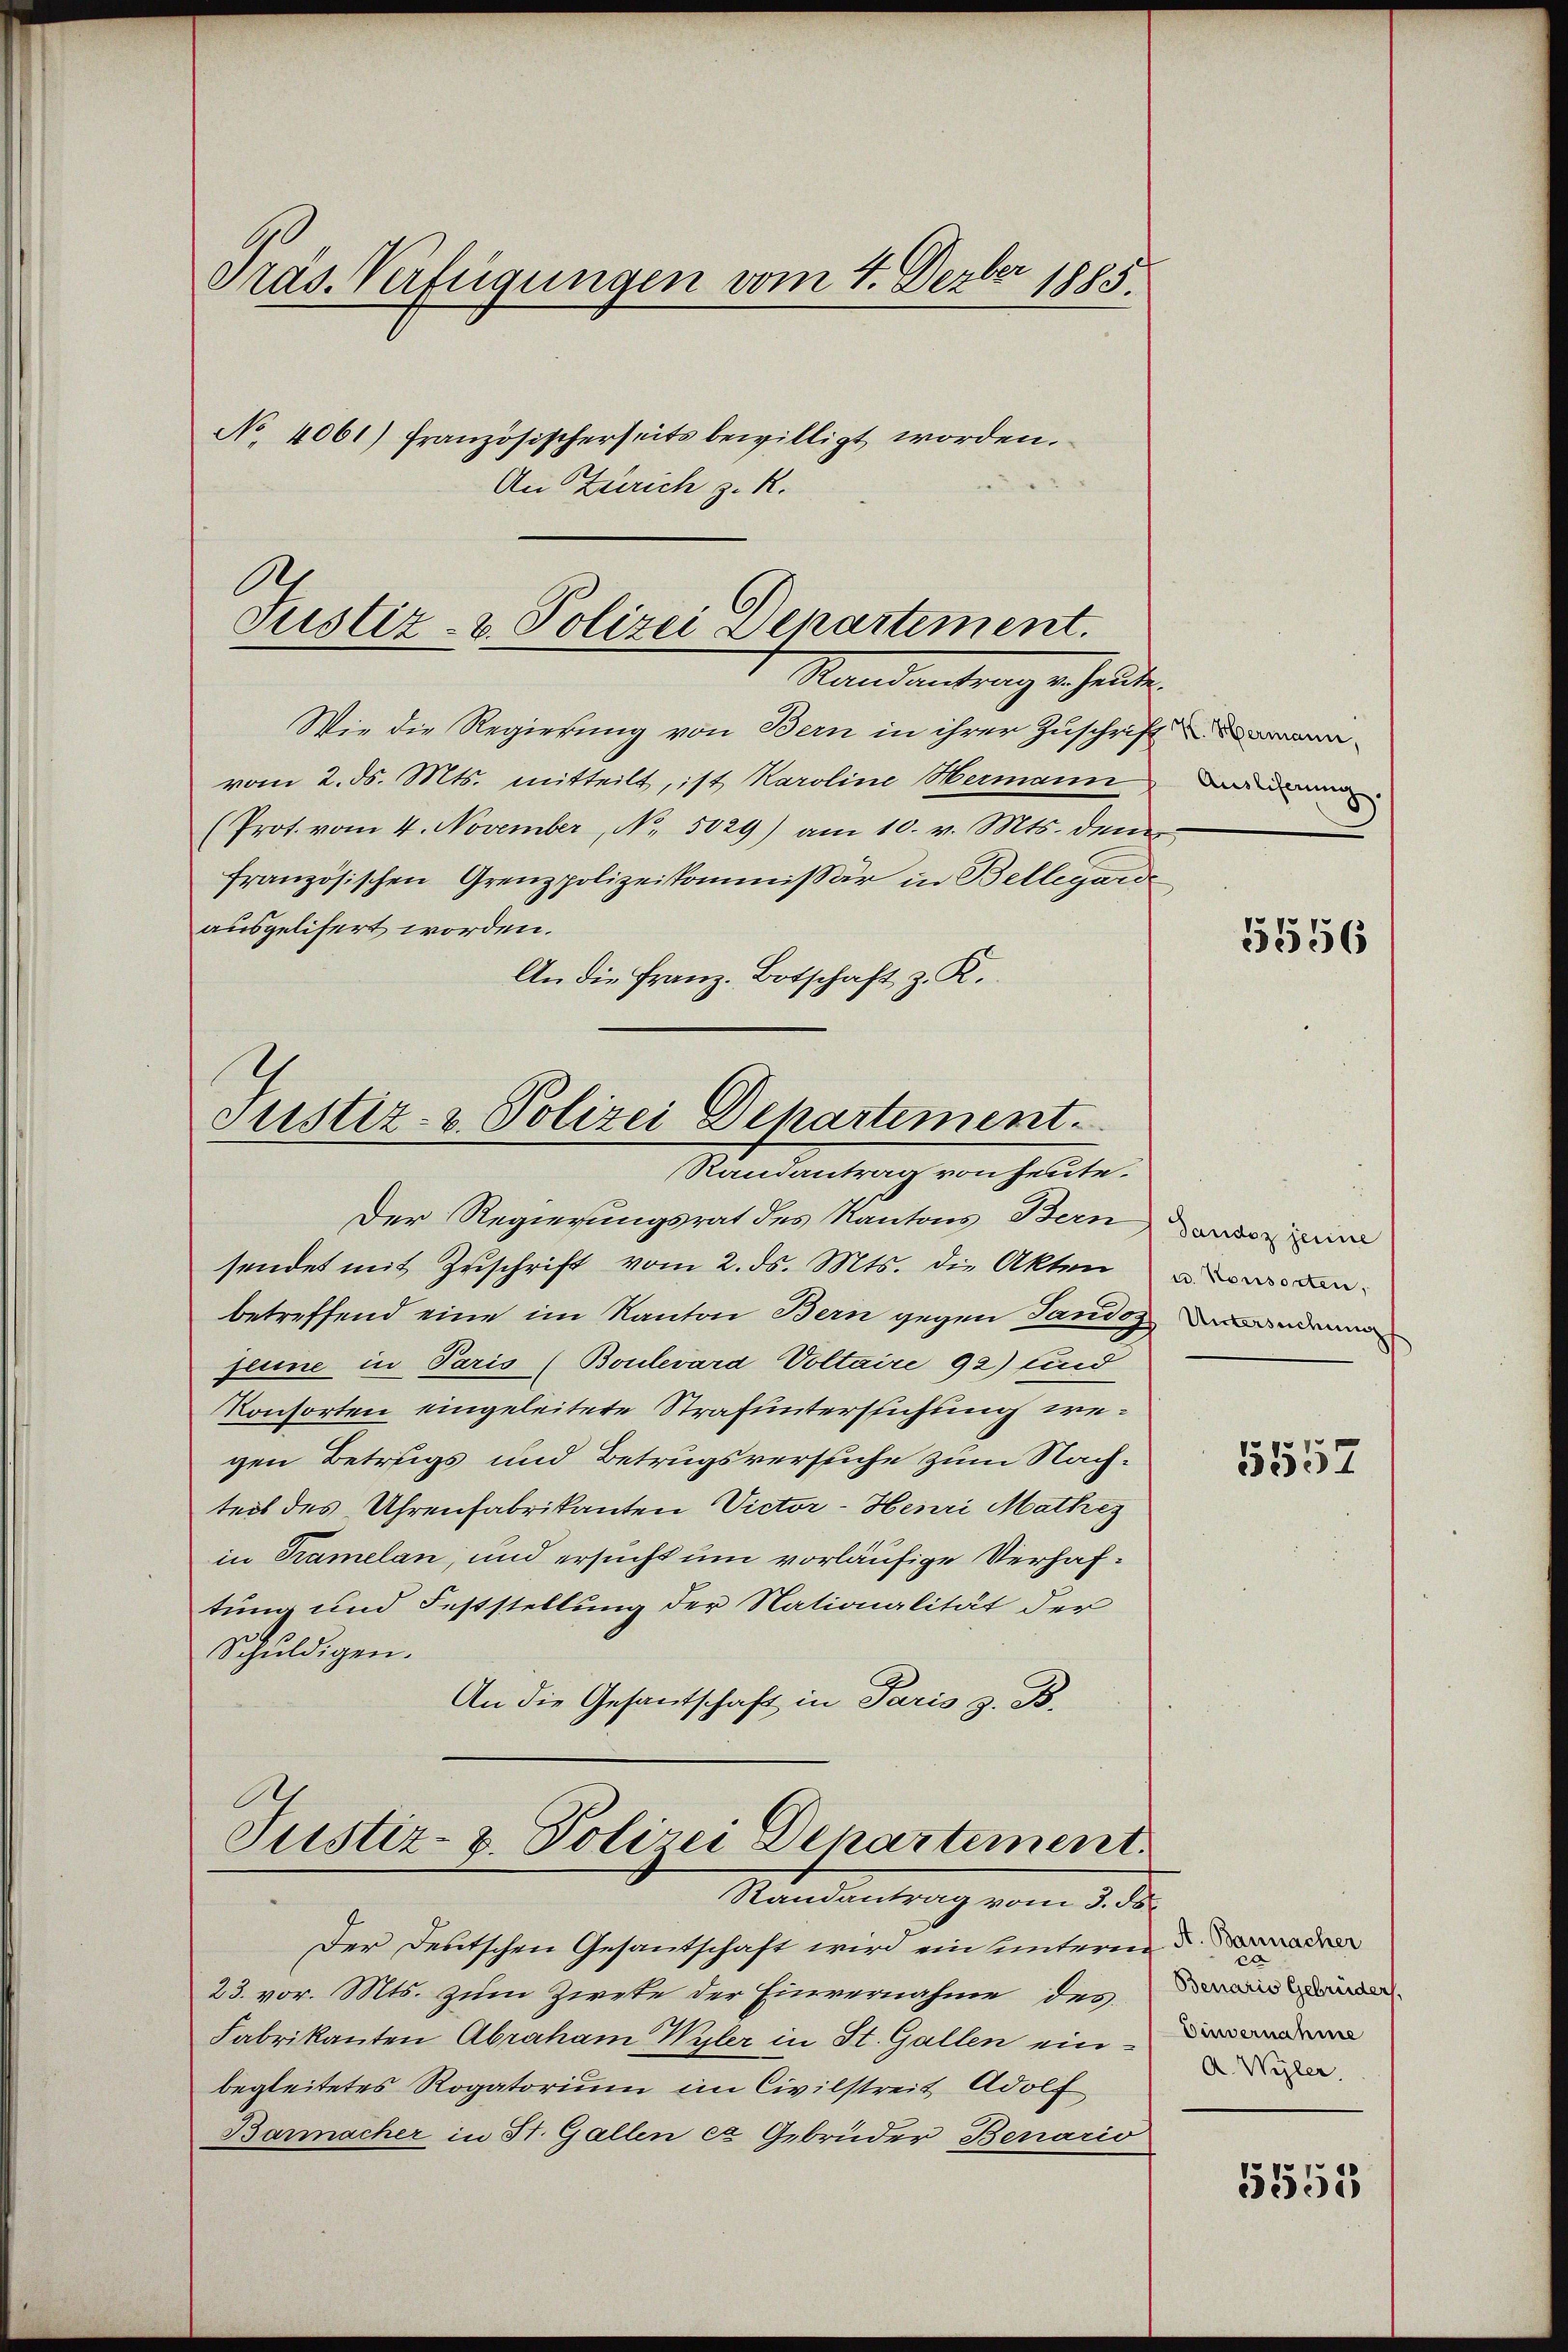
Pras. Verfügungen vom 4. Dezber 1885.
No 4061) französischerseits bewilligt worden.
An Zürich z. R.

.
Justiz- & Polizei Departement.
Standantragen heuten

Wie die Regierung von Bern in ihrer Zuschrift
vom 2. d. Mts. mitteilt, ist Karoline Hermann
(Prot. vom 4. November, No. 5029) am 10. v. Mts. dem
französischen Grenzpolizeikommissär in Bellegarde
ausgelifert worden.
An die Franz Botschaft z. R.

Justiz- & Polizei Departement.
Randantrag von heute.

Der Regierungsrat des Kantons Bern
sendet mit Zuschrift vom 2. ds. Mts. die Akten
betreffend eine im Kanton Bern gegen Sandsz
Jenne in Paris (Boulevard Voltaire 92) und
Konsorten eingeleitete Strafuntersuchung wegen Betrugs und Betrugsversuche zum Nachteit des Uhrenfabrikanten Victor-Heuri Mathes
in Tramelan, und ersucht um vorläufige Verhaftung und Feststellung der Nationalität der
Schuldigen.
An die Gesantschaft in Paris z. B.

Justiz- u. Polizei Departement.

Randantrag vom 3. ds.
Der Deutschen Gesantschaft wird ein untere dad
23. vor. Mts. zum Zieke der Einvernahme des
Fabrikanten Abraham Wyler in St. Gallen ein
begleitetes Rogatorium im Civilstreit Adolf
Barmacher in St. Gallen ca Gebrüder Benario

Auslieferung.

5556

Tandoz jenige
u. Konsorten,
Untersuchung

5552

c
Benaris Gebrüder,
A. Wyler,

5553